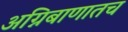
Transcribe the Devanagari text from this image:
अग्निबाणातच